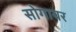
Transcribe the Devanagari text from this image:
सोगायर